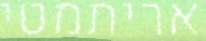
אריתמטי